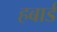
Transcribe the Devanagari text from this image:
हबार्ड